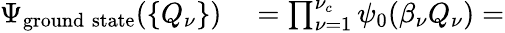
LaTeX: \begin{array}{rl}{\Psi_{\mathrm{ground\; state}}(\{ Q_{\nu}\} )}&{{}=\prod_{\nu=1}^{\nu_{c}}\psi_{0}(\beta_{\nu}Q_{\nu})=}\end{array}